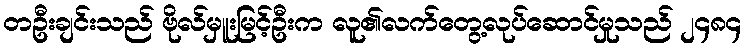
တဦးချင်းသည် ဗိုလ်မှူးမြင့်ဦးက လူ၏လက်တွေ့လုပ်ဆောင်မှုသည် ၂၄၈၄